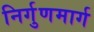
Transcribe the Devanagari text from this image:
निर्गुणमार्ग